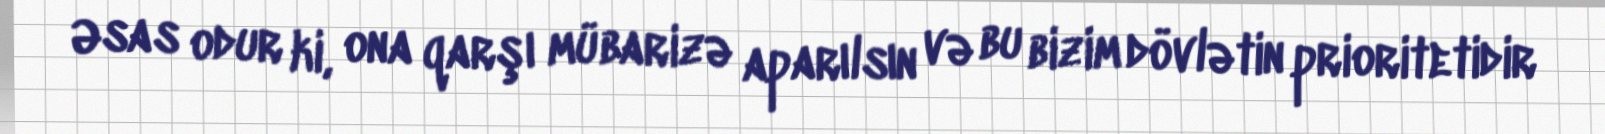
Əsas odur ki, ona qarşı mübarizə aparılsın və bu bizim dövlətin prioritetidir